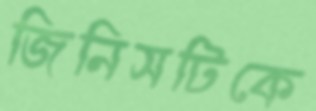
জিনিসটিকে